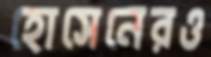
হোসেনেরও